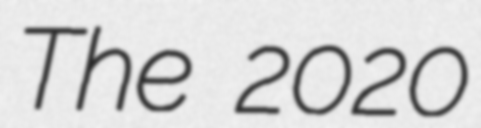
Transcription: The 2020